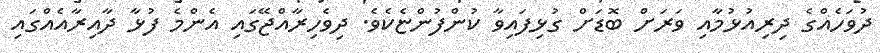
ދުވަހެއްގެ ދިރިއުޅުމާއި ވަރަށް ބޮޑަށް ގުޅިފައިވާ ކުންފުންޏެކެވެ. ދިވެހިރާއްޖޭގައި އެންމެ ފުޅާ ދާއިރާއެއްގައި